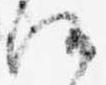
候